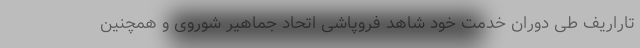
تاراریف طی دوران خدمت خود شاهد فروپاشی اتحاد جماهیر شوروی و همچنین